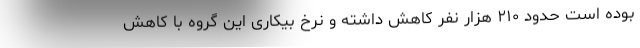
بوده است حدود ۲۱۰ هزار نفر کاهش داشته و نرخ بیکاری این گروه با کاهش